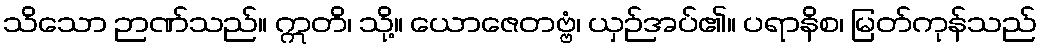
သိသော ဉာဏ်သည်။ ဣတိ၊ သို့။ ယောဇေတဗ္ဗံ၊ ယှဉ်အပ်၏။ ပရာနိစ၊ မြတ်ကုန်သည်